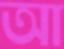
আ